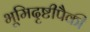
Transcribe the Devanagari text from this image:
भूमिदृष्टीपैकी